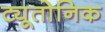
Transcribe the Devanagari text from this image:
ट्यूतोनिक